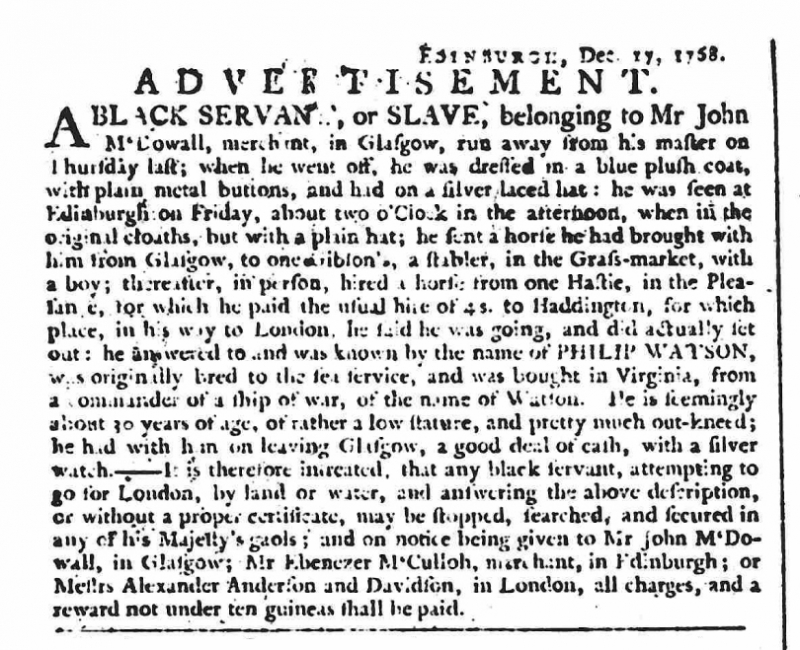
Newcastle Courant, 7 January 1769 (England)
                           EDINBURGH, Dec. 17, 1768.          A D V E R T I S E M E N T.A BLACK SERVANT, or SLAVE, belonging to Mr John M’Dowall, merchant, in Glasgow, run away from his master on Thursday last; when he went off, he was dressed in a blue plush coat, with plain metal buttons, and had on a silver laced hat: he was seen at Edinburgh on Friday, about two o'Clock in the afternoon, when in the original cloaths, but with a plain hat; he sent a horse he had brought with him from Glasgow, to one Gibson’s, a stabler, in the Grass-market, with a boy; thereafter, in person, hired a horse from one Hastie, in the Pleasance, for which he paid the usual hire of 4s. to Haddington, for which place, in his way to London, he said he was going, and did actually set out: he answered to and was known by the name PHILIP WATSON, was originally bred to the sea service, and was bought in Virginia, from a commander of a ship of war, of the name of Watson.   He is seemingly about 30 years of age, of rather low stature, and pretty much out-kneed; he had with him on leaving Glasgow, a good deal of cash, with a silver watch.– It is therefore intreated, that any black servant, attempting to go for London, by land or water, and answering the above description, or without a proper certificate, may be stopped, searched, and secured in any of his Majesty's gaols; and on notice being given to Mr John M’Dowall, in Glasgow; Mr Ebenezer M’Culloh, merchant, in Edinburgh; or Messrs Alexander Anderson and Davidson, in London, all charges, and a reward not under ten guineas shall be paid.